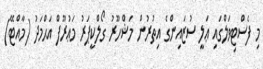
މި ފެސްޓިވަލްގައި ޢަލީ ސުޒައިންގެ އިތުރުން މަޝްހޫރު ގޯލްކީޕަރު މަޢުރޫފް އަޙްމަދު (މާއްޓޭ)